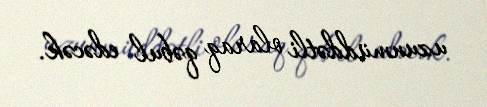
uzunmüddətli olaraq qəbul edəcək.